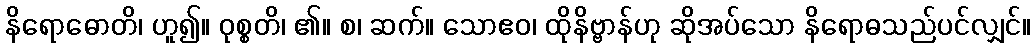
နိရောဓောတိ၊ ဟူ၍။ ဝုစ္စတိ၊ ၏။ စ၊ ဆက်။ သောဧဝ၊ ထိုနိဗ္ဗာန်ဟု ဆိုအပ်သော နိရောဓသည်ပင်လျှင်။